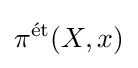
\pi ^{\text{ét}}(X,x)